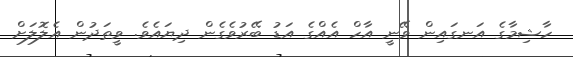
ހާޝިމާގެ އަނގައިން ވޭނީ އާހް އެއްގެ އަޑު ބޭރުވެގެން ދިޔައެވެ. ވީތަދުން އެލޮލަށް